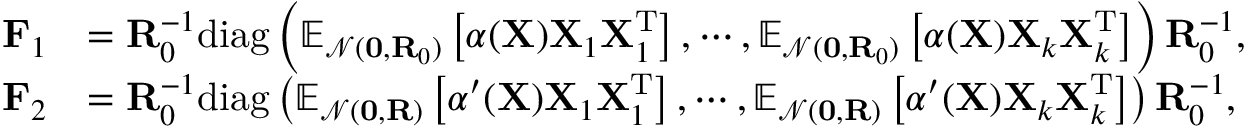
\begin{array} { r l } { \mathbf { F } _ { 1 } } & { = \mathbf { R } _ { 0 } ^ { - 1 } \mathrm { d i a g } \left( \mathbb { E } _ { \mathcal { N } ( \mathbf { 0 } , \mathbf { R } _ { 0 } ) } \left[ \alpha ( \mathbf { X } ) \mathbf { X } _ { 1 } \mathbf { X } _ { 1 } ^ { \mathrm { T } } \right] , \cdots , \mathbb { E } _ { \mathcal { N } ( \mathbf { 0 } , \mathbf { R } _ { 0 } ) } \left[ \alpha ( \mathbf { X } ) \mathbf { X } _ { k } \mathbf { X } _ { k } ^ { \mathrm { T } } \right] \right) \mathbf { R } _ { 0 } ^ { - 1 } , } \\ { \mathbf { F } _ { 2 } } & { = \mathbf { R } _ { 0 } ^ { - 1 } \mathrm { d i a g } \left( \mathbb { E } _ { \mathcal { N } ( \mathbf { 0 } , \mathbf { R } ) } \left[ \alpha ^ { \prime } ( \mathbf { X } ) \mathbf { X } _ { 1 } \mathbf { X } _ { 1 } ^ { \mathrm { T } } \right] , \cdots , \mathbb { E } _ { \mathcal { N } ( \mathbf { 0 } , \mathbf { R } ) } \left[ \alpha ^ { \prime } ( \mathbf { X } ) \mathbf { X } _ { k } \mathbf { X } _ { k } ^ { \mathrm { T } } \right] \right) \mathbf { R } _ { 0 } ^ { - 1 } , } \end{array}